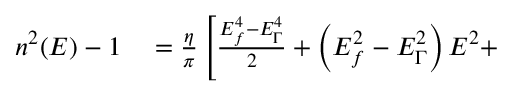
\begin{array} { r l } { n ^ { 2 } ( E ) - 1 } & { { } = \frac { \eta } { \pi } \left[ \frac { E _ { f } ^ { 4 } - E _ { \Gamma } ^ { 4 } } { 2 } + \left( E _ { f } ^ { 2 } - E _ { \Gamma } ^ { 2 } \right) E ^ { 2 } + \right. } \end{array}